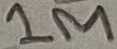
Text: 1M